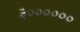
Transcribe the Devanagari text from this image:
३००००००